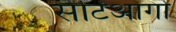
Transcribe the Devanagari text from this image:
सेंटिआगो